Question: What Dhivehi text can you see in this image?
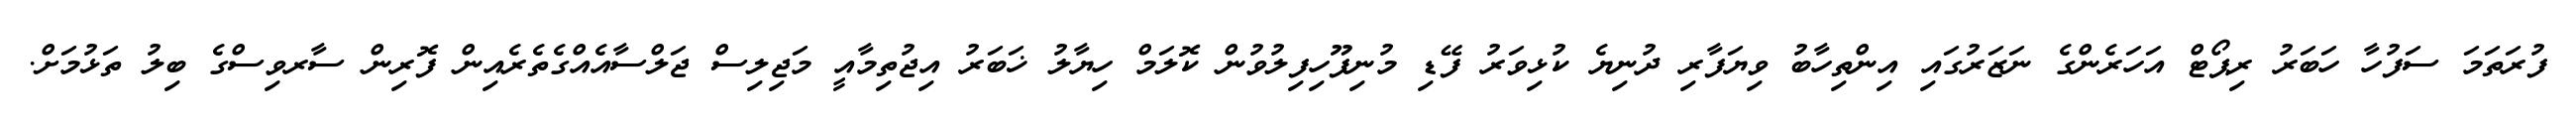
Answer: ފުރަތަމަ ސަފުހާ ހަބަރު ރިޕޯޓް އަހަރެންގެ ނަޒަރުގައި އިންތިހާބު ވިޔަފާރި ދުނިޔެ ކުޅިވަރު ފޭޑި މުނިފޫހިފިލުވުން ކޮލަމް ހިޔާލު ޚަބަރު އިޖުތިމާއީ މަޖިލިސް ޖަލްސާއެއްގެތެރެއިން ފޮރިން ސާރވިސްގެ ބިލު ތަޅުމަށް.